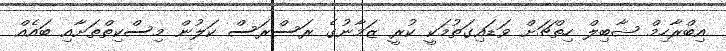
އިބްރާހިމް ޝާބިލް ހިތްޗަށް ވަޑައިގަތުމަކީ ކުރީ ޒަމާނުގެ ރަސްރަސް ކަލުން މިސްކިތްތަށާއި ބައެއް